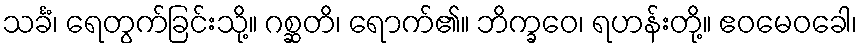
သင်္ခံ၊ ရေတွက်ခြင်းသို့။ ဂစ္ဆတိ၊ ရောက်၏။ ဘိက္ခဝေ၊ ရဟန်းတို့။ ဧဝမေဝခေါ၊